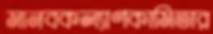
মানবকল্যাণকামিতার